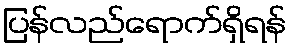
ပြန်လည်ရောက်ရှိရန်